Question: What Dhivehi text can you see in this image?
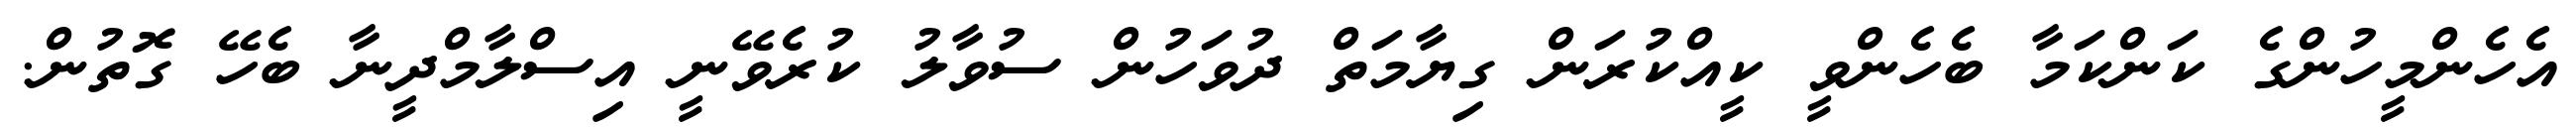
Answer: އެހެންމީހުންގެ ކަންކަމާ ބެހެންވީ ކީއްކުރަން ގިޔާމަތް ދުވަހުން ސުވާލު ކުރެވޭނީ އިސްލާމްދީނާ ބެހޭ ގޮތުން.